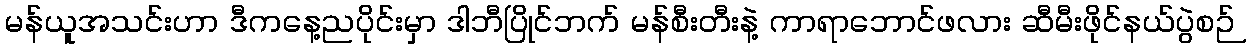
မန်ယူအသင်းဟာ ဒီကနေ့ညပိုင်းမှာ ဒါဘီပြိုင်ဘက် မန်စီးတီးနဲ့ ကာရာဘောင်ဖလား ဆီမီးဖိုင်နယ်ပွဲစဉ်